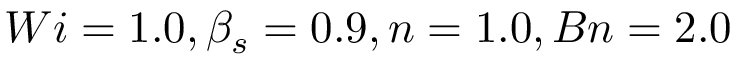
W i = 1 . 0 , \beta _ { s } = 0 . 9 , n = 1 . 0 , B n = 2 . 0